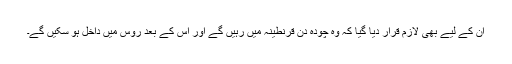
ان کے لیے بھی لازم قرار دیا گیا کہ وہ چودہ دن قرنطینہ میں رہیں گے اور اس کے بعد روس میں داخل ہو سکیں گے۔